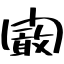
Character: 闞